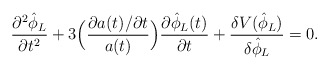
\begin{align*}\frac{\partial^2 \hat{\phi}_L}{\partial t^2}+ 3 \Bigl(\frac{\partial a(t) / \partial t}{a(t)} \Bigr)\frac{\partial \hat{\phi}_L (t)}{\partial t} + \frac{\delta V(\hat{\phi}_L)}{\delta \hat{\phi}_L } = 0.\end{align*}